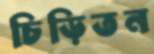
চিড়িতন